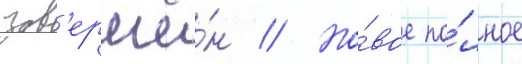
зав'ершё́н // Но́вое по́лное